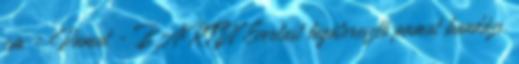
cm - Pamut - BARTIN Everlast légáteresztő pamut bandázs.